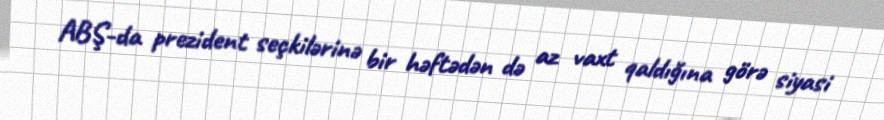
ABŞ-da prezident seçkilərinə bir həftədən də az vaxt qaldığına görə siyasi